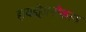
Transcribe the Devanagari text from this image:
हायड्रोजनीकरण